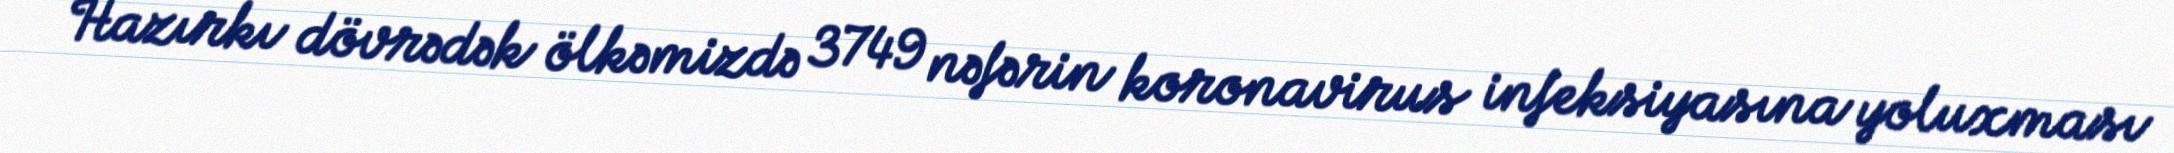
Hazırkı dövrədək ölkəmizdə 3749 nəfərin koronavirus infeksiyasına yoluxması